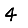
Digit: 4